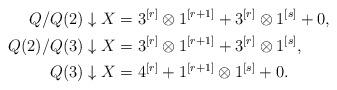
LaTeX: \begin{align*}Q/Q(2) \downarrow X &= 3^{[r]} \otimes 1^{[r+1]} + 3^{[r]} \otimes 1^{[s]} + 0, \\Q(2)/Q(3) \downarrow X &= 3^{[r]} \otimes 1^{[r+1]} + 3^{[r]} \otimes 1^{[s]}, \\Q(3) \downarrow X &= 4^{[r]} + 1^{[r+1]} \otimes 1^{[s]} + 0.\end{align*}